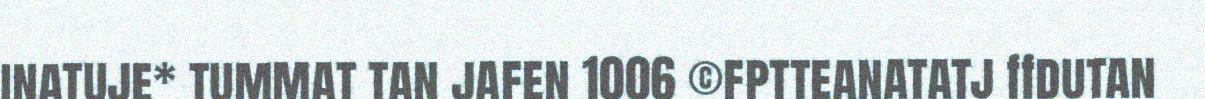
inatuje* tummat tan jafen 1006 ©fptteanatatj ffdutan